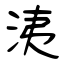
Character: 洟